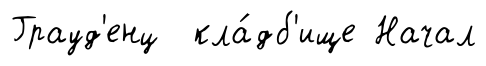
Грауд'енц кла́дб'ище Начал